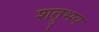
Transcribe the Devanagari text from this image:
शत्रुभय